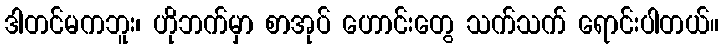
ဒါတင်မကဘူး၊ ဟိုဘက်မှာ စာအုပ် ဟောင်းတွေ သက်သက် ရောင်းပါတယ်။